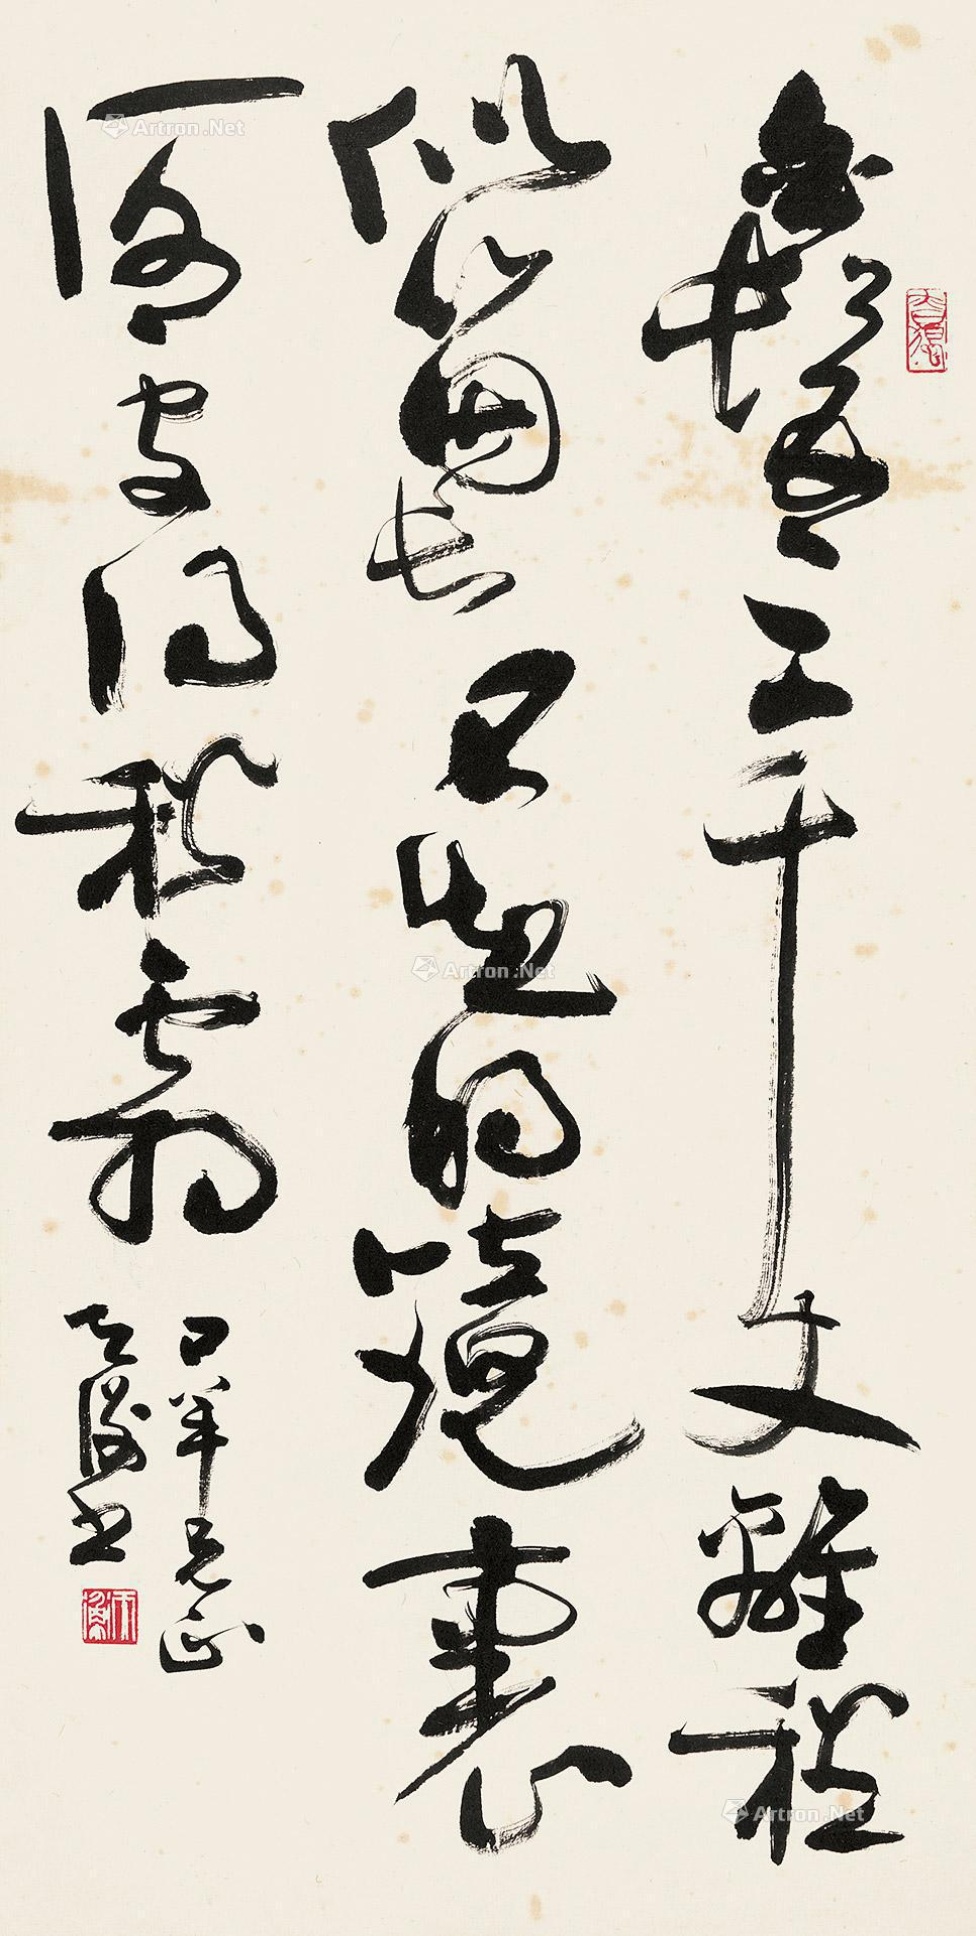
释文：白发三千丈，离愁似个长。不知明镜里，何处得秋霜。口羊兄正，天衡书。